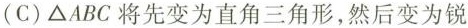
(C)\triangle ABC将先变为直角三角形，然后变为锐